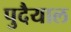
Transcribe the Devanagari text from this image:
पुदैयाल